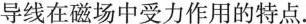
导线在磁场中受力作用的特点。